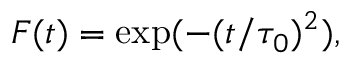
F ( t ) = \exp ( - ( t / \tau _ { 0 } ) ^ { 2 } ) ,